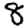
Digit: 8